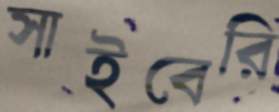
সাইবেরি